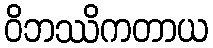
ဝိဘဿိကတာယ